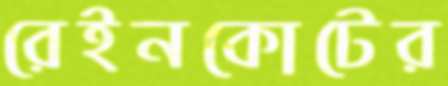
রেইনকোটের